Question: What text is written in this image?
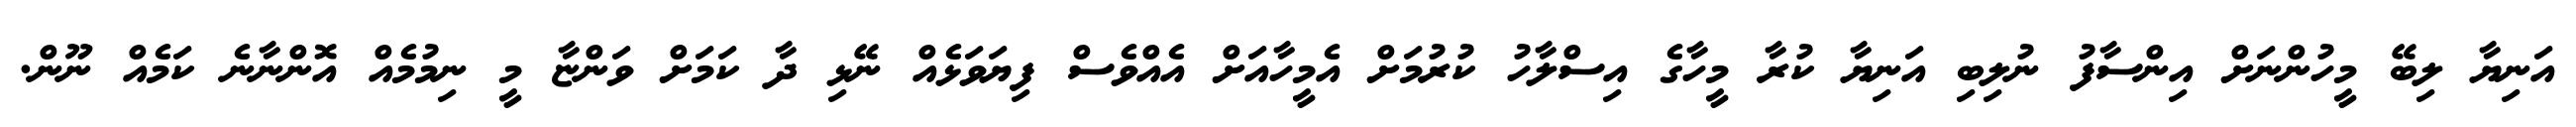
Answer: އަނިޔާ ލިބޭ މީހުންނަށް އިންސާފު ނުލިބި އަނިޔާ ކުރާ މީހާގެ އިސްލާހު ކުރުމަށް އެމީހާއަށް އެއްވެސް ފިޔަވަޅެއް ނޭޅި ދާ ކަމަށް ވަންޏާ މީ ނިމުމެއް އޮންނާނެ ކަމެއް ނޫން.